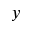
y